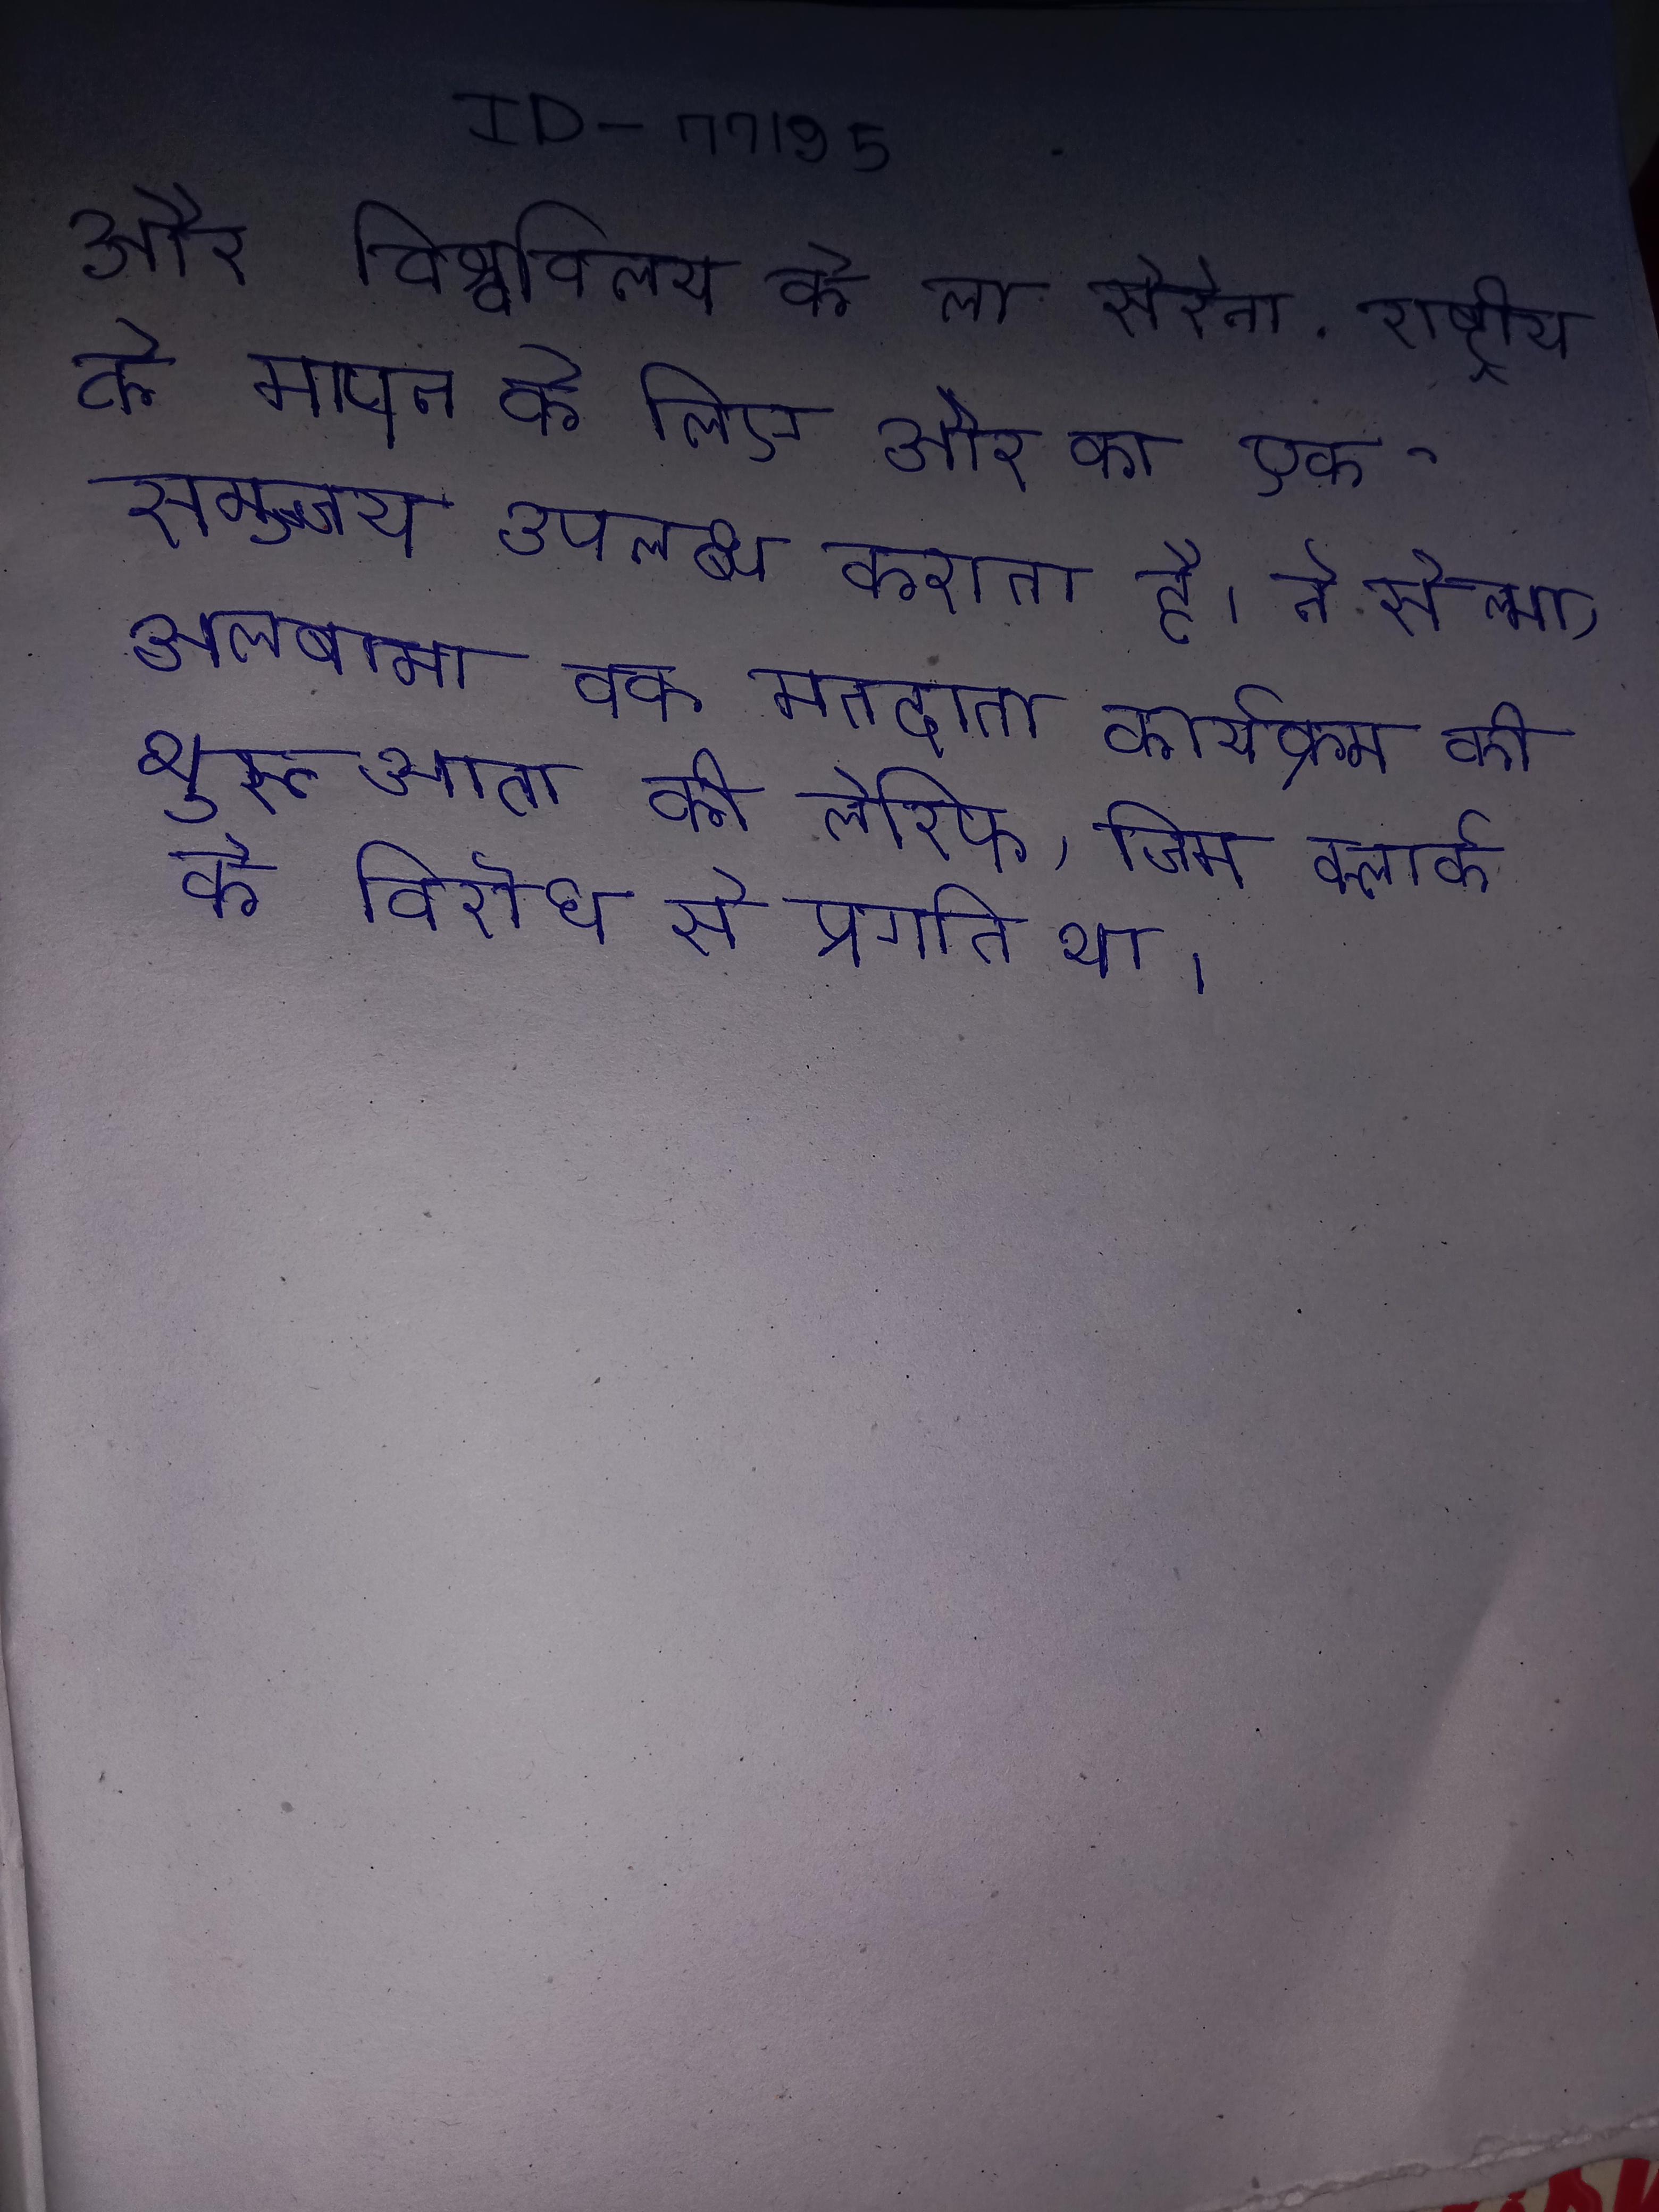
और विश्वविद्यालय के ला सेरेना . राष्ट्रीय के मापन के लिए और का एक समुच्चय उपलब्ध कराता है । ने सेल्मा, अलबामा एक मतदाता कार्यक्रम की शुरूआत की, लेकिन तक सेल्मा के शेरिफ, जिम क्लार्क के विरोध से प्रगति था ।